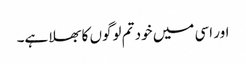
اور اسی میں خود تم لوگوں کا بھلا ہے۔